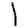
Digit: 1